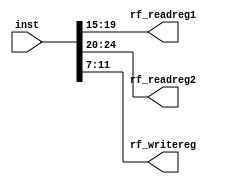
`timescale 1ns / 1ps

//----Defined Constants----

//----ALUOp----
`define AddALU     3'b000
`define SubALU     3'b001
`define AndALU     3'b010
`define OrALU      3'b011
`define XorALU     3'b100
`define SLTALU     3'b101
`define AddiALU    3'b110 //Add vs ADDI**






//----Load from mem----
`define LD              3'b011
`define LW              3'b010
`define LWU             3'b110
`define LH              3'b001
`define LHU             3'b101
//----Store to mem----
`define SD              3'b011
`define SW              3'b010
`define SH              3'b001




//----Funct3----
//||Arithmetic||
`define Addf3             3'b000
`define Andf3             3'b111
`define Orf3              3'b110
`define Xorf3             3'b100
`define SLTf3             3'b010

//||Conditional Jump||
`define BNEf3             3'b001


//----Funct7----
//||Arithmetic||
`define Subf7            7'b0100000



//----Opcode----
`define ARITHopcode           7'b0110011
`define ADDIopcode            7'b0010011 
`define COND_BRAopcode        7'b1100011
`define JALopcode             7'b1101111
`define JALRopcode            7'b1100111
`define LOADopcode            7'b0000011
`define STOREopcode           7'b0100011

module inst_rf(
    
    inst, 
    rf_readreg1, rf_readreg2,
    rf_writereg

    );
    
    input [31:0] inst;
    output [4:0] rf_readreg1, rf_readreg2;
    output [4:0] rf_writereg;
    
    assign rf_writereg=inst[11:7];
    assign rf_readreg1=inst[19:15];
    assign rf_readreg2=inst[24:20];
    

endmodule